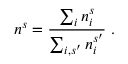
n ^ { s } = \frac { \sum _ { i } n _ { i } ^ { s } } { \sum _ { i , s ^ { \prime } } n _ { i } ^ { s ^ { \prime } } } \; .